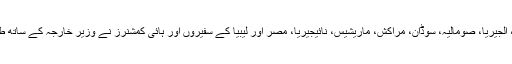
دفتر خارجہ کے ترجمان کے مطابق جنوبی افریقہ، تیونس، کینیا، الجیریا، صومالیہ، سوڈان، مراکش، ماریشیس، نائیجیریا، مصر اور لیبیا کے سفیروں اور ہائی کمشنرز نے وزیر خارجہ کے ساتھ طویل اور تفصیلی بات چیت کا موقع فراہم کرنے پر شکرایہ ادا کیا۔